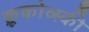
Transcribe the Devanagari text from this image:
क्रूकोव्स्की